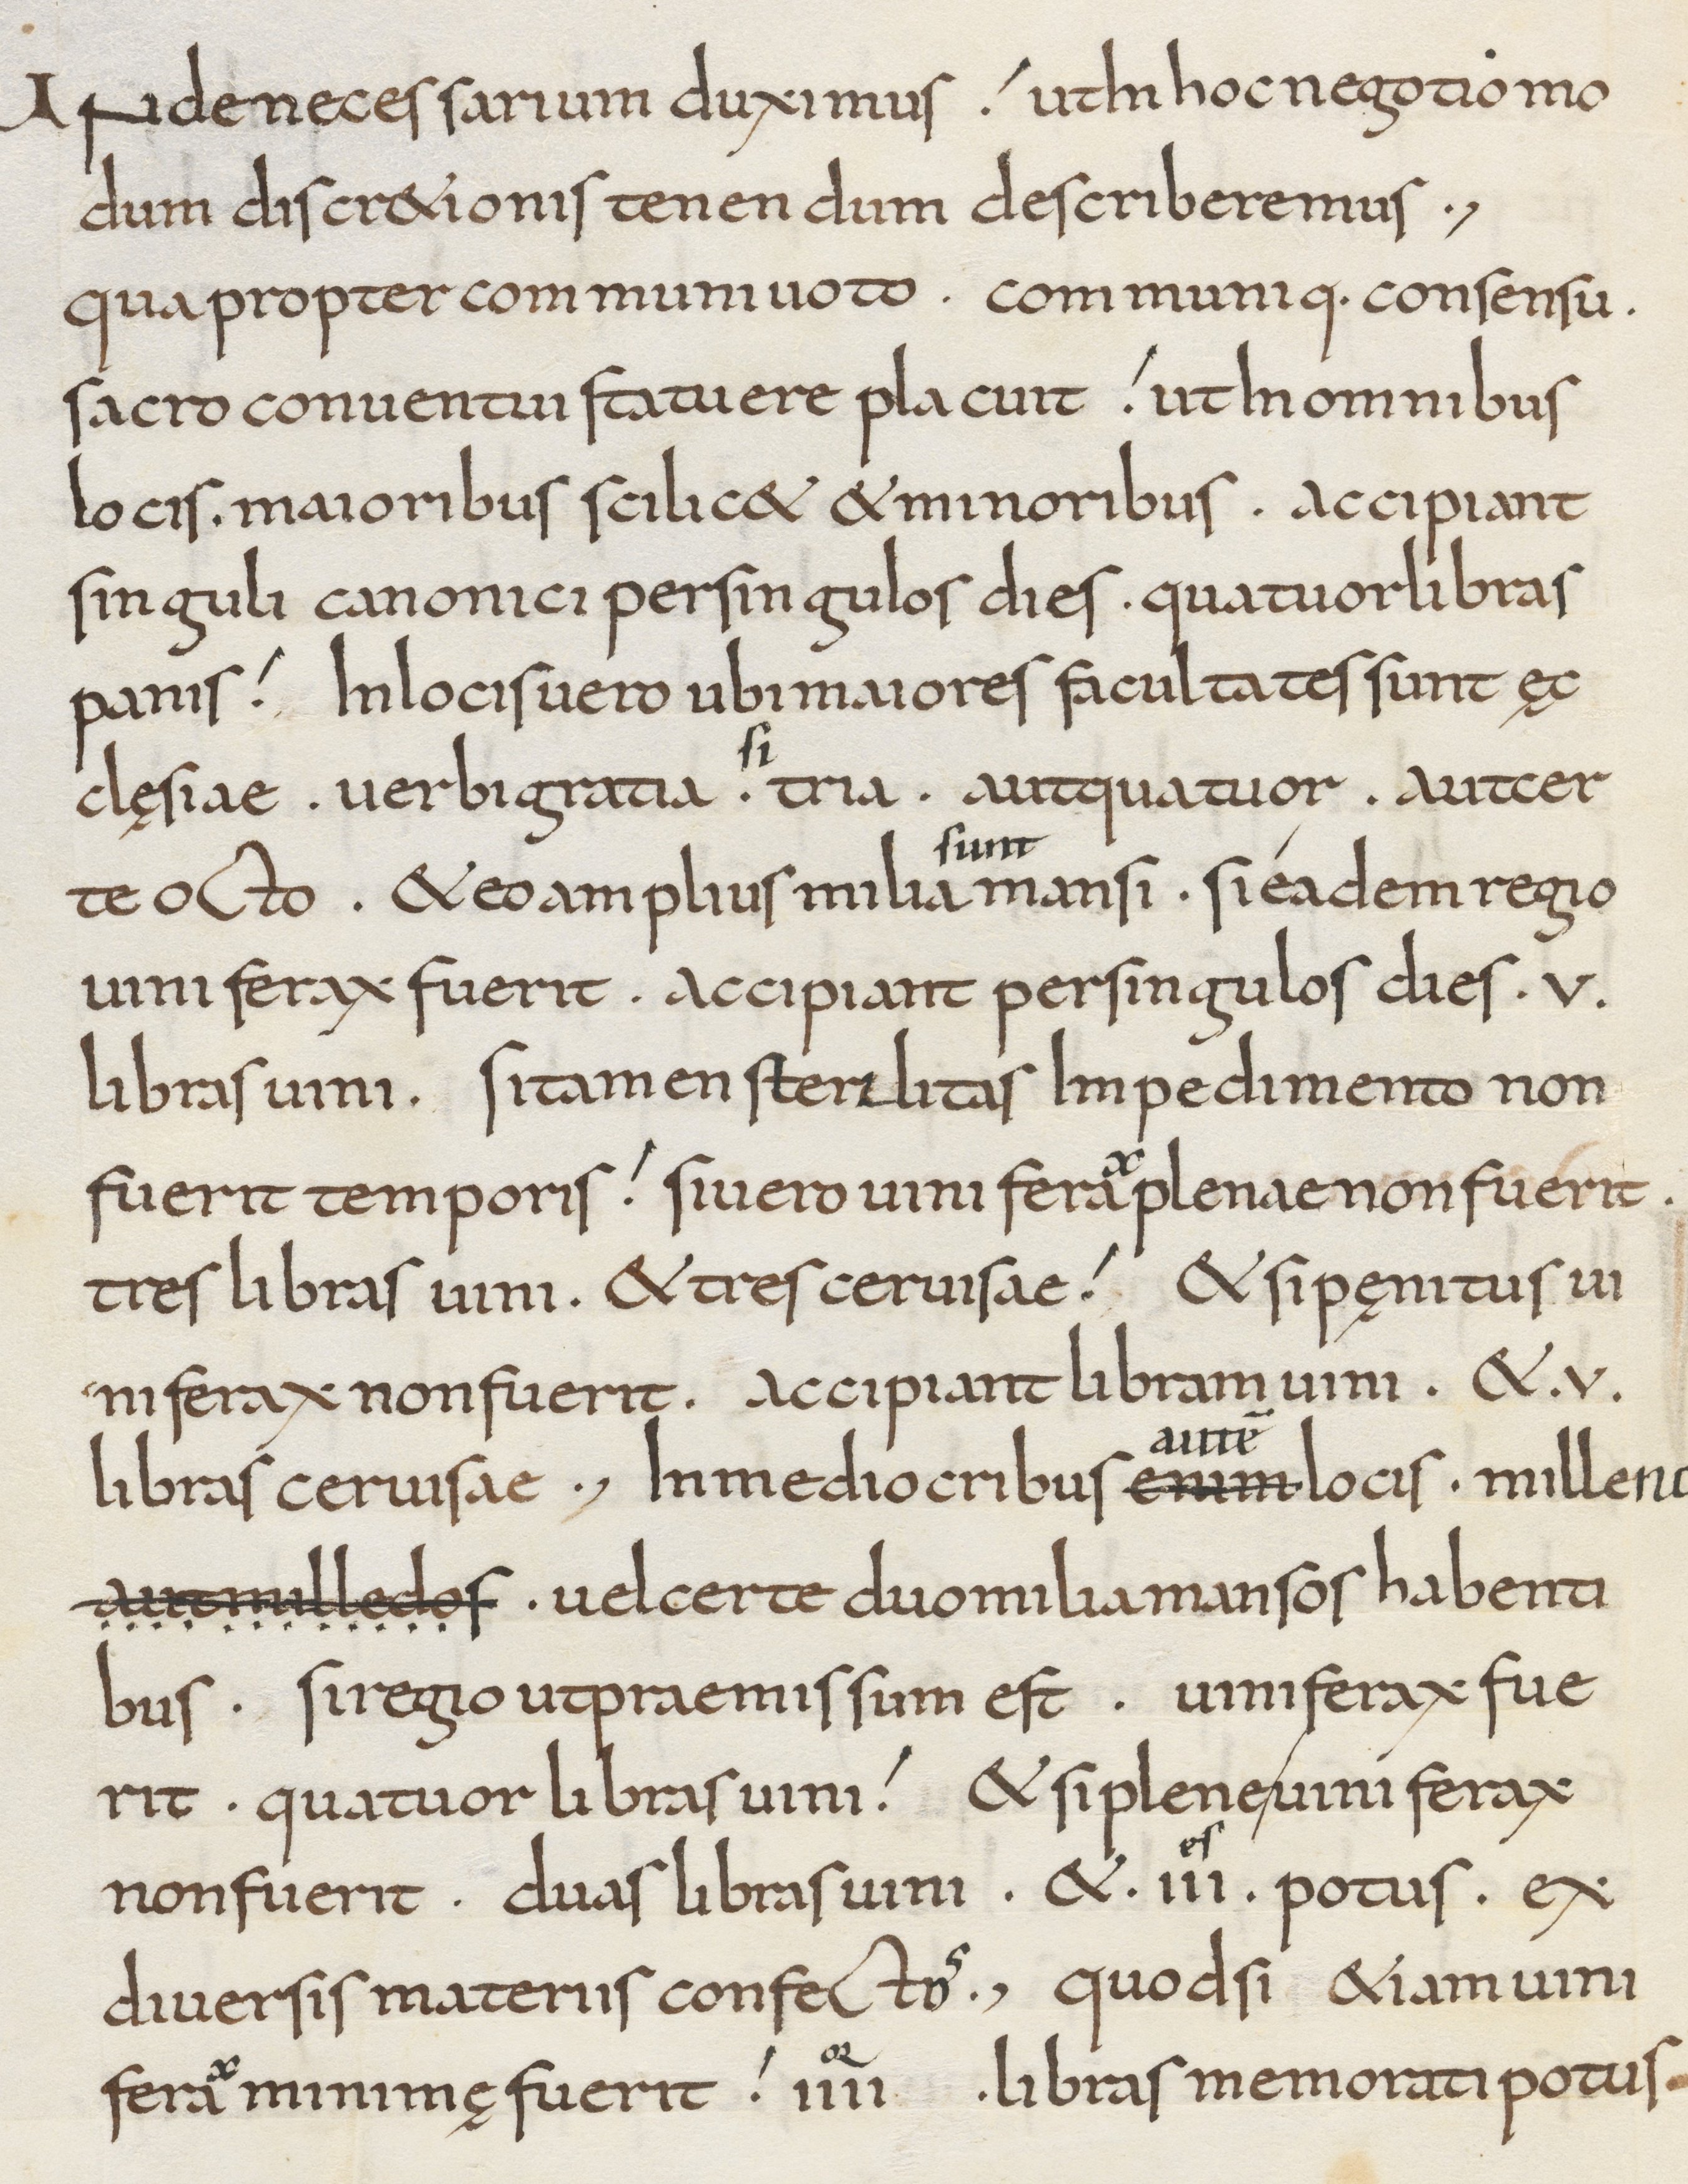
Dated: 800–849